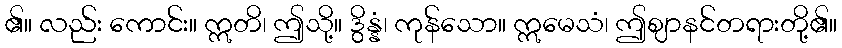
၏။ လည်း ကောင်း။ ဣတိ၊ ဤသို့။ ဒွိန္နံ၊ ကုန်သော။ ဣမေသံ၊ ဤဈာနင်တရားတို့၏။